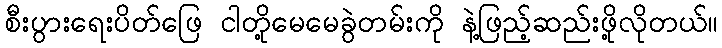
စီးပွားရေးပိတ်ဖြေ ငါတို့မေမေခွဲတမ်းကို နဲ့ဖြည့်ဆည်းဖို့လိုတယ်။